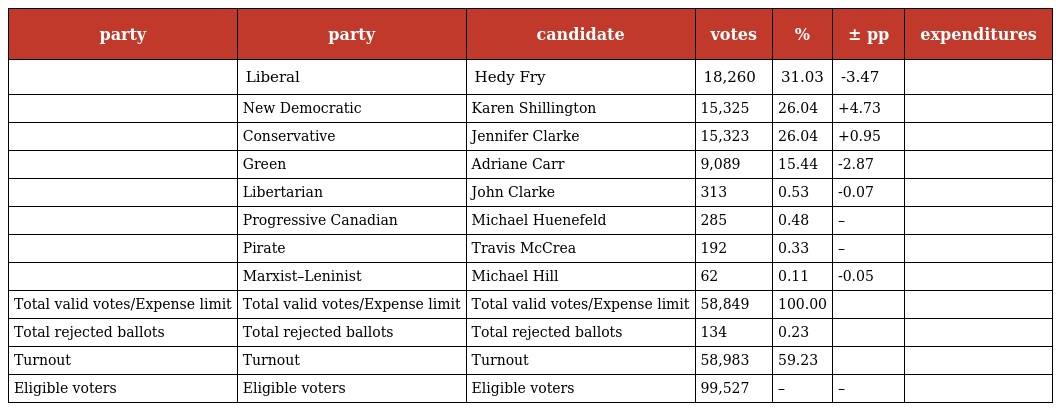
| party | party | candidate | votes | % | ± pp | expenditures |
 | --- | --- | --- | --- | --- | --- | --- |
 |  | Liberal | Hedy Fry | 18,260 | 31.03 | -3.47 |  |
 |  | New Democratic | Karen Shillington | 15,325 | 26.04 | +4.73 |  |
 |  | Conservative | Jennifer Clarke | 15,323 | 26.04 | +0.95 |  |
 |  | Green | Adriane Carr | 9,089 | 15.44 | -2.87 |  |
 |  | Libertarian | John Clarke | 313 | 0.53 | -0.07 |  |
 |  | Progressive Canadian | Michael Huenefeld | 285 | 0.48 | – |  |
 |  | Pirate | Travis McCrea | 192 | 0.33 | – |  |
 |  | Marxist–Leninist | Michael Hill | 62 | 0.11 | -0.05 |  |
 | Total valid votes/Expense limit | Total valid votes/Expense limit | Total valid votes/Expense limit | 58,849 | 100.00 |  |  |
 | Total rejected ballots | Total rejected ballots | Total rejected ballots | 134 | 0.23 |  |  |
 | Turnout | Turnout | Turnout | 58,983 | 59.23 |  |  |
 | Eligible voters | Eligible voters | Eligible voters | 99,527 | – | – |  |